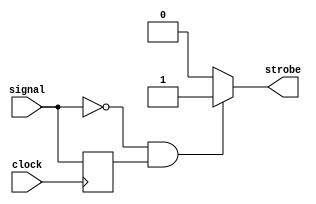
module negedgetrigger (
		input clock,
		input signal,
		output strobe);
		
	reg signal_last;
	
	always @(posedge clock) begin
			signal_last <= signal;
	end
	
	assign strobe = (~signal && signal_last)? 1'b1:1'b0;
	
endmodule